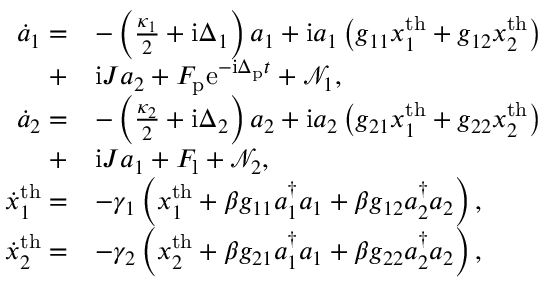
\begin{array} { r l } { \dot { a } _ { 1 } = } & { - \left( \frac { \kappa _ { 1 } } { 2 } + \mathrm { i } \Delta _ { 1 } \right) a _ { 1 } + \mathrm { i } a _ { 1 } \left( g _ { 1 1 } x _ { 1 } ^ { \mathrm { t h } } + g _ { 1 2 } x _ { 2 } ^ { \mathrm { t h } } \right) } \\ { + } & { \mathrm { i } J a _ { 2 } + F _ { \mathrm { p } } \mathrm { e } ^ { - \mathrm { i } \Delta _ { \mathrm { p } } t } + \mathcal { N } _ { 1 } , } \\ { \dot { a } _ { 2 } = } & { - \left( \frac { \kappa _ { 2 } } { 2 } + \mathrm { i } \Delta _ { 2 } \right) a _ { 2 } + \mathrm { i } a _ { 2 } \left( g _ { 2 1 } x _ { 1 } ^ { \mathrm { t h } } + g _ { 2 2 } x _ { 2 } ^ { \mathrm { t h } } \right) } \\ { + } & { \mathrm { i } J a _ { 1 } + F _ { \mathrm { l } } + \mathcal { N } _ { 2 } , } \\ { \dot { x } _ { 1 } ^ { \mathrm { t h } } = } & { - \gamma _ { 1 } \left( x _ { 1 } ^ { \mathrm { t h } } + \beta g _ { 1 1 } a _ { 1 } ^ { \dagger } a _ { 1 } + \beta g _ { 1 2 } a _ { 2 } ^ { \dagger } a _ { 2 } \right) , } \\ { \dot { x } _ { 2 } ^ { \mathrm { t h } } = } & { - \gamma _ { 2 } \left( x _ { 2 } ^ { \mathrm { t h } } + \beta g _ { 2 1 } a _ { 1 } ^ { \dagger } a _ { 1 } + \beta g _ { 2 2 } a _ { 2 } ^ { \dagger } a _ { 2 } \right) , } \end{array}